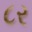
૮ર